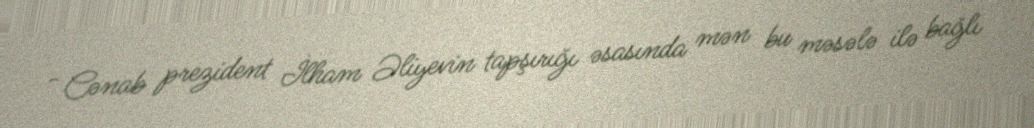
- Cənab prezident İlham Əliyevin tapşırığı əsasında mən bu məsələ ilə bağlı